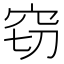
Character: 窃